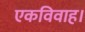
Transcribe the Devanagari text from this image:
एकविवाह।